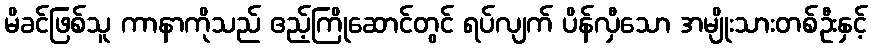
မိခင်ဖြစ်သူ ကာနာကိုသည် ဧည့်ကြိုဆောင်တွင် ရပ်လျက် ပိန်လှီသော အမျိုးသားတစ်ဦးနှင့်